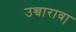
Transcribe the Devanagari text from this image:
उच्चारावा़